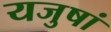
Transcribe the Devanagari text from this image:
यजुषां